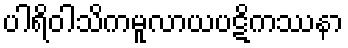
ပါရိဝါသိကမူလာယပဋိကဿနာ